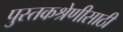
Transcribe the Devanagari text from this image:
पुस्तकश्रेणीसाठी